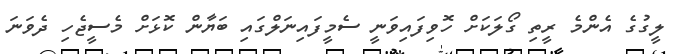
ލީގުގެ އެންމެ ރީތި ގޯލަކަށް ހޮވިފައިވަނީ ސެމީފައިނަލްގައި ބަޔާން ކޮޅަށް މެސީޖެހި ދެވަނަ